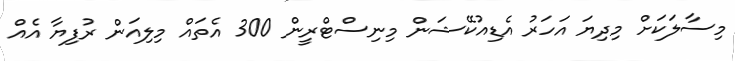
މިސާލަކަށް މިދިޔަ އަހަރު އެޑިއުކޭޝަން މިނިސްޓްރީން 300 އެތައް މިލިއަން ރުފިޔާ އެއް